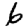
Digit: 6